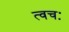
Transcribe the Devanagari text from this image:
त्वचः